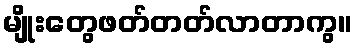
မျိုးတွေဖတ်တတ်လာတာကွ။